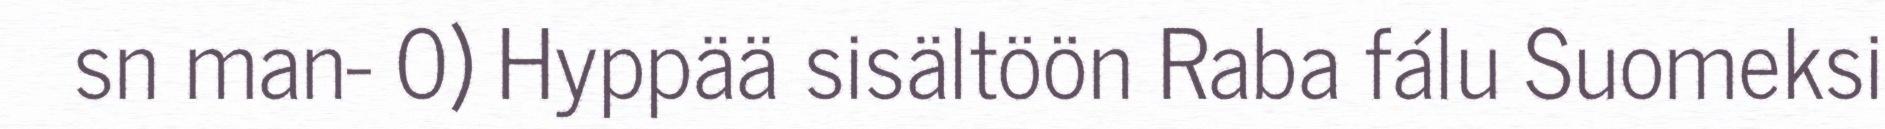
sn man- 0) Hyppää sisältöön Raba fálu Suomeksi